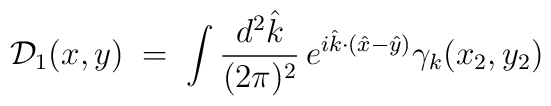
{\mathcal D}_1(x,y)\;=\;\int\frac{d^2{\hat k}}{(2\pi)^2} \,e^{i {\hat k} \cdot ({\hat x} - {\hat y})} \gamma_k (x_2,y_2)